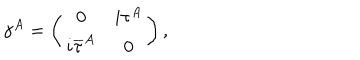
LaTeX: \gamma ^ { A } = \left( \begin{matrix} { { 0 } } & { { i \tau ^ { A } } } \\ { { i { \overline { { \tau } } } ^ { A } } } & { { 0 } } \\ \end{matrix} \right) ,